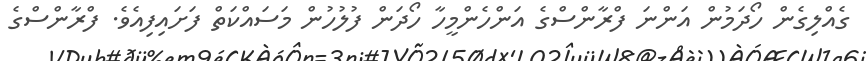
ގެއްލިގެން ހޯދަމުން އަންނަ ފްރާންސްގެ އަންހެންމީހާ ހޯދަން ފުލުހުން މަސައްކަތް ފަށައިފިއެވެ. ފްރާންސްގެ